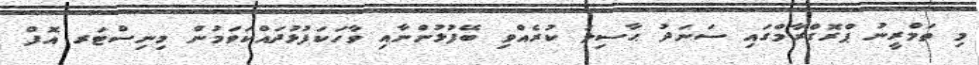
މި ތަމްރީނު ޕްރޮގްރާމްގައި ސަނަދު ޙާސިލު ކުރެއްވި ބޭފުޅުންނާއި ވާހަކަފުޅުދައްކަވަމުން މިނިސްޓަރ އޮފް